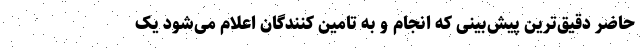
حاضر دقیق­ترین پیش‌بینی که انجام و به تامین کنندگان اعلام می‌شود یک